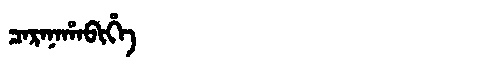
Manchu: ᠴᠠᡵᠠᠨᠠᡥᠠᠪᡳᡥᡝ
Romanization: CARANAHABIHE